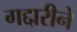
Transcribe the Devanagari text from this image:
गद्दारीने